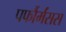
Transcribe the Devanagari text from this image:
पर्फौर्मंसस